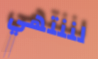
لننتهي